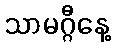
သာမဂ္ဂီနေ့